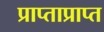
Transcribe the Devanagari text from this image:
प्राप्ताप्राप्त